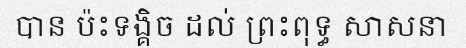
បាន ប៉ះទង្គិច ដល់ ព្រះពុទ្ធ សាសនា